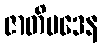
ဇာတိမဒေန